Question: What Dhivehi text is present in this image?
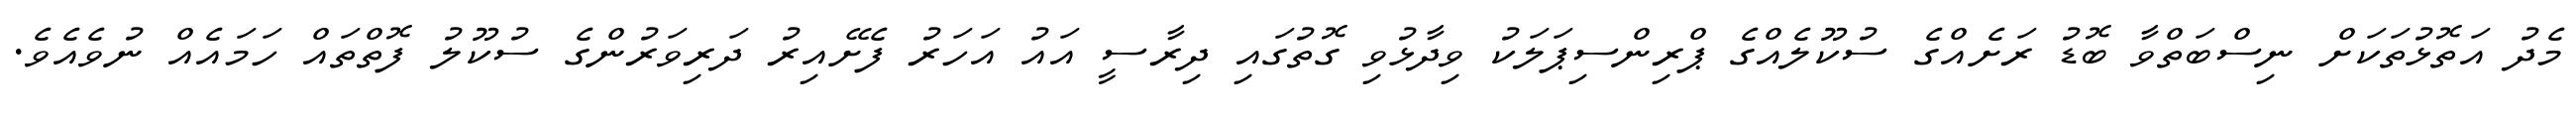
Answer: މެދު އަތޮޅުތަކަށް ނިސްބަތްވާ ބޮޑު ރަށެއްގެ ސުކޫލެއްގެ ޕްރިންސިޕަލަކު ވިދާޅުވި ގޮތުގައި ދިރާސީ އައު އަހަރު ފެށޭއިރު ދަރިވަރުންގެ ސުކޫލު ފޮތްތައް ހަމައެއް ނުވެއެވެ.